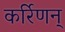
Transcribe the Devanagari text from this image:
कर्रिणन्